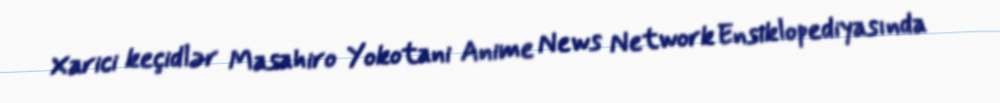
Xarici keçidlər Masahiro Yokotani Anime News Network Ensiklopediyasında